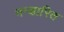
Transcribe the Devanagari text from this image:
भन्‍डारित